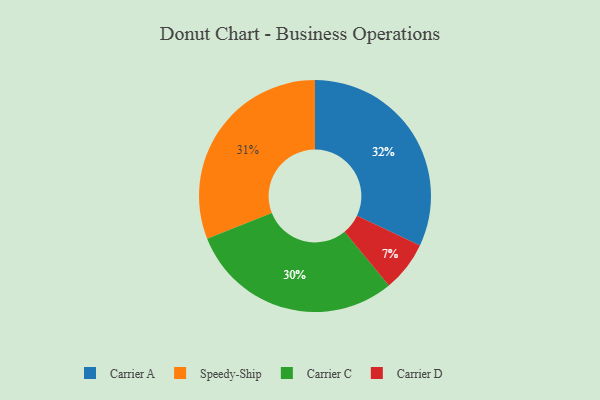
{"axis": {"x": "Category", "y": "Percentage"}, "legend": ["Carrier A", "Carrier C", "Carrier D", "Speedy-Ship"], "data": [{"x": "Carrier D", "y": 7, "type": "Carrier D"}, {"x": "Speedy-Ship", "y": 31, "type": "Speedy-Ship"}, {"x": "Carrier C", "y": 30, "type": "Carrier C"}, {"x": "Carrier A", "y": 32, "type": "Carrier A"}]}